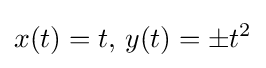
x(t)=t,\,y(t)=\pm t^{2}